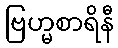
ဗြဟ္မစာရိနီ